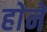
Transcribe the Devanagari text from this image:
हाेने